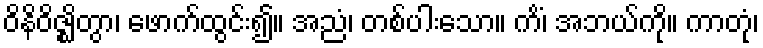
ဝိနိဝိဇ္ဈိတွာ၊ ဖောက်ထွင်း၍။ အညံ၊ တစ်ပါးသော။ ကိံ၊ အဘယ်ကို။ ကာတုံ၊